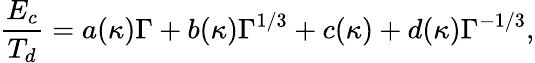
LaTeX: \frac{E_{c}}{T_{d}}=a(\kappa)\Gamma+b(\kappa)\Gamma^{1/3}+c(\kappa)+d(\kappa)\Gamma^{-1/3},